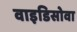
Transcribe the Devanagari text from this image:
वाइडिसोवा